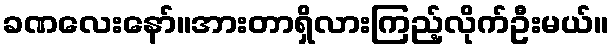
ခဏလေးနော်။အားတာရှိလားကြည့်လိုက်ဦးမယ်။